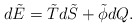
\begin{align*}d\tilde E =\tilde Td\tilde S +\tilde \phi dQ.\end{align*}